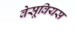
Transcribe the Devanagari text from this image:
वेसूवियस